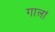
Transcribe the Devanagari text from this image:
गालां